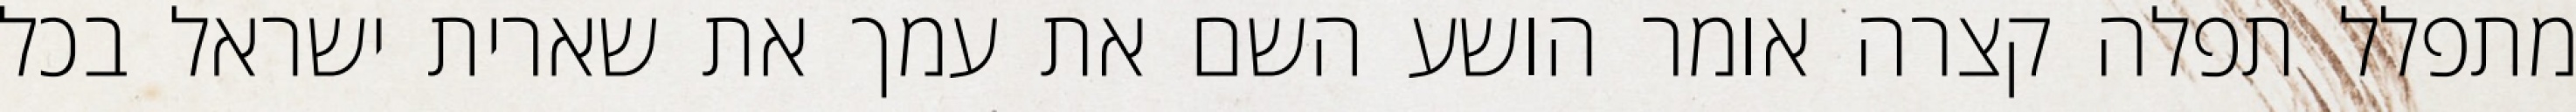
מתפלל תפלה קצרה אומר הושע השם את עמך את שארית ישראל בכל